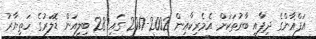
އަފްޣާންގެ ދިފާއީ ބާރުތަކަށް އެެމެރިކާއިން 2002-2017 ގައި 28 ބިލިއަން ޑޮލަރުގެ ހަތިޔާރު